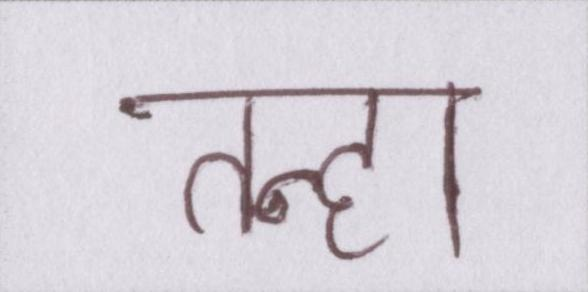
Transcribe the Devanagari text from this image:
तन्हा